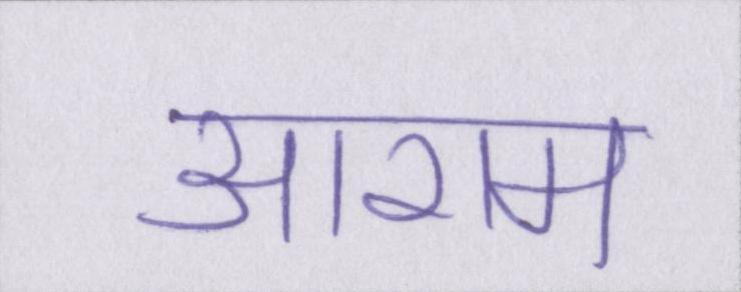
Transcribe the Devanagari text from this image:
आराम